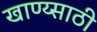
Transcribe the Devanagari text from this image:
खाण्य्साठी